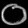
Digit: ၀